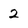
Character: 2